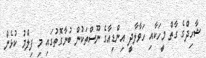
ޝާހިދްގެ ގާތް މީހަކާއި ހަވާލާދީ އިންޑިއާގެ ނޫސްތަކުން ބުނާގޮތުގައި މި ފިލްމު ކުޅެން